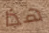
هذا